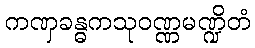
ကဏှခန္ဓကသုဝဏ္ဏမဏ္ဍိတံ